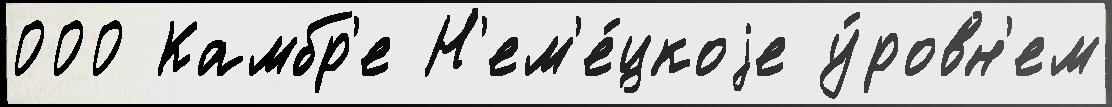
000 Камбр'е Н'ем'е́цкоjе у́ровн'ем